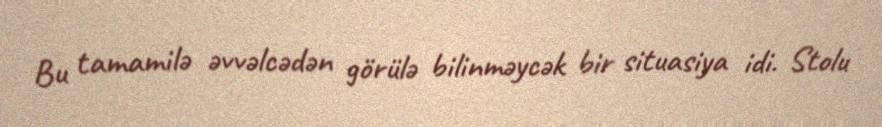
Bu tamamilə əvvəlcədən görülə bilinməycək bir situasiya idi. Stolu